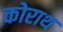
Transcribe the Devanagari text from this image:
कोराथ